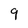
Character: 9